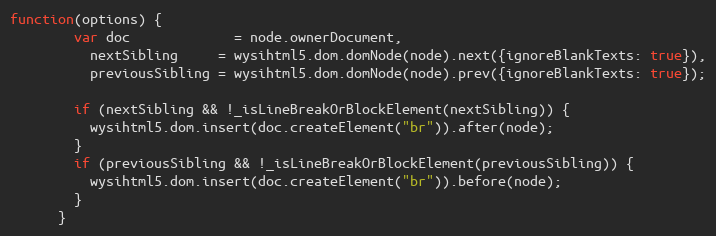
Language: JavaScript
function(options) {
        var doc             = node.ownerDocument,
          nextSibling     = wysihtml5.dom.domNode(node).next({ignoreBlankTexts: true}),
          previousSibling = wysihtml5.dom.domNode(node).prev({ignoreBlankTexts: true});

        if (nextSibling && !_isLineBreakOrBlockElement(nextSibling)) {
          wysihtml5.dom.insert(doc.createElement("br")).after(node);
        }
        if (previousSibling && !_isLineBreakOrBlockElement(previousSibling)) {
          wysihtml5.dom.insert(doc.createElement("br")).before(node);
        }
      }